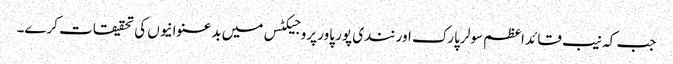
جب کہ نیب قائد اعظم سولر پارک اور نندی پور پاور پروجیکٹس میں بدعنوانیوں کی تحقیقات کرے۔